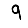
Digit: 9